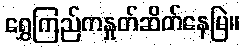
ရွှေကြည်ကနှုတ်ဆိတ်နေမြဲ။